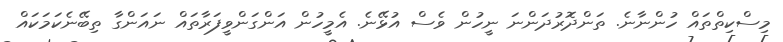
މިސްކިތްތައް ހުންނާނެ. ތަންދޮރުދަންނަ ނީހުން ވެސް އުޅޭނެ. އެމީހުން އަންގަންވީފަރާތައް ނައަންގާ ތިބޭނެކަމަކައް